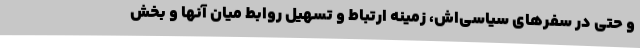
و حتی در سفرهای سیاسی‌اش، زمینه ارتباط و تسهیل روابط میان آنها و بخش